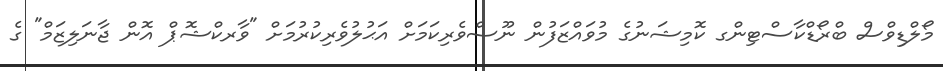
މޯލްޑިވްސް ބްރޯޑްކާސްޓިންގ ކޮމިޝަނުގެ މުވައްޒަފުން ނޫސްވެރިކަމަށް އަޙުލުވެރިކުރުމަށް "ވާރކްޝޮޕް އޮން ޖާނަލިޒަމް" ގެ